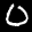
Label: 0